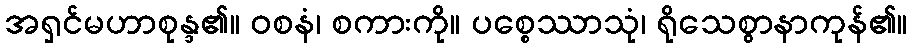
အရှင်မဟာစုန္ဒ၏။ ဝစနံ၊ စကားကို။ ပစ္စေဿာသုံ၊ ရိုသေစွာနာကုန်၏။